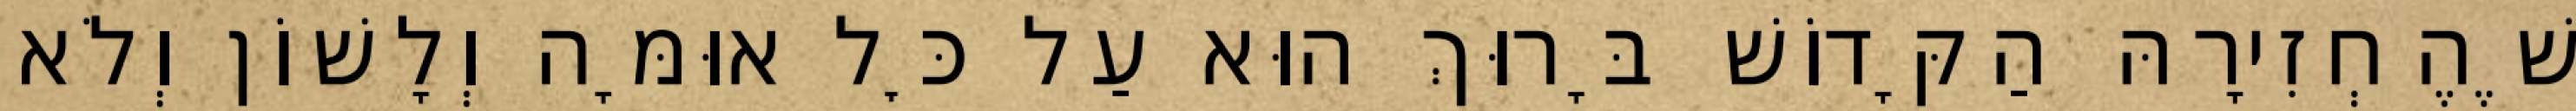
שֶׁהֶחְזִירָהּ הַקָּדוֹשׁ בָּרוּךְ הוּא עַל כׇּל אוּמָּה וְלָשׁוֹן וְלֹא